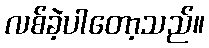
လစ်ခဲ့ပါတော့သည်။